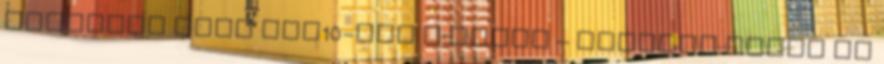
országos mozi top10-ben A sóher – Vertigo Média Az